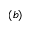
( b )